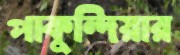
পাকুন্দিয়ার